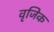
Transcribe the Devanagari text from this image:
वृजिक